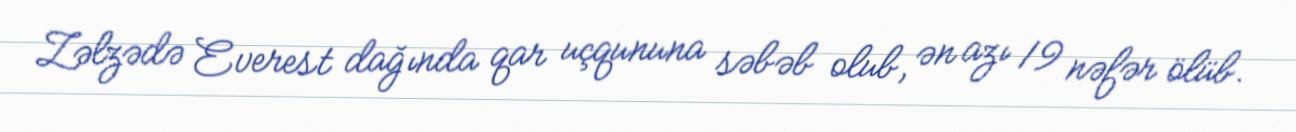
Zəlzədə Everest dağında qar uçqununa səbəb olub, ən azı 19 nəfər ölüb.